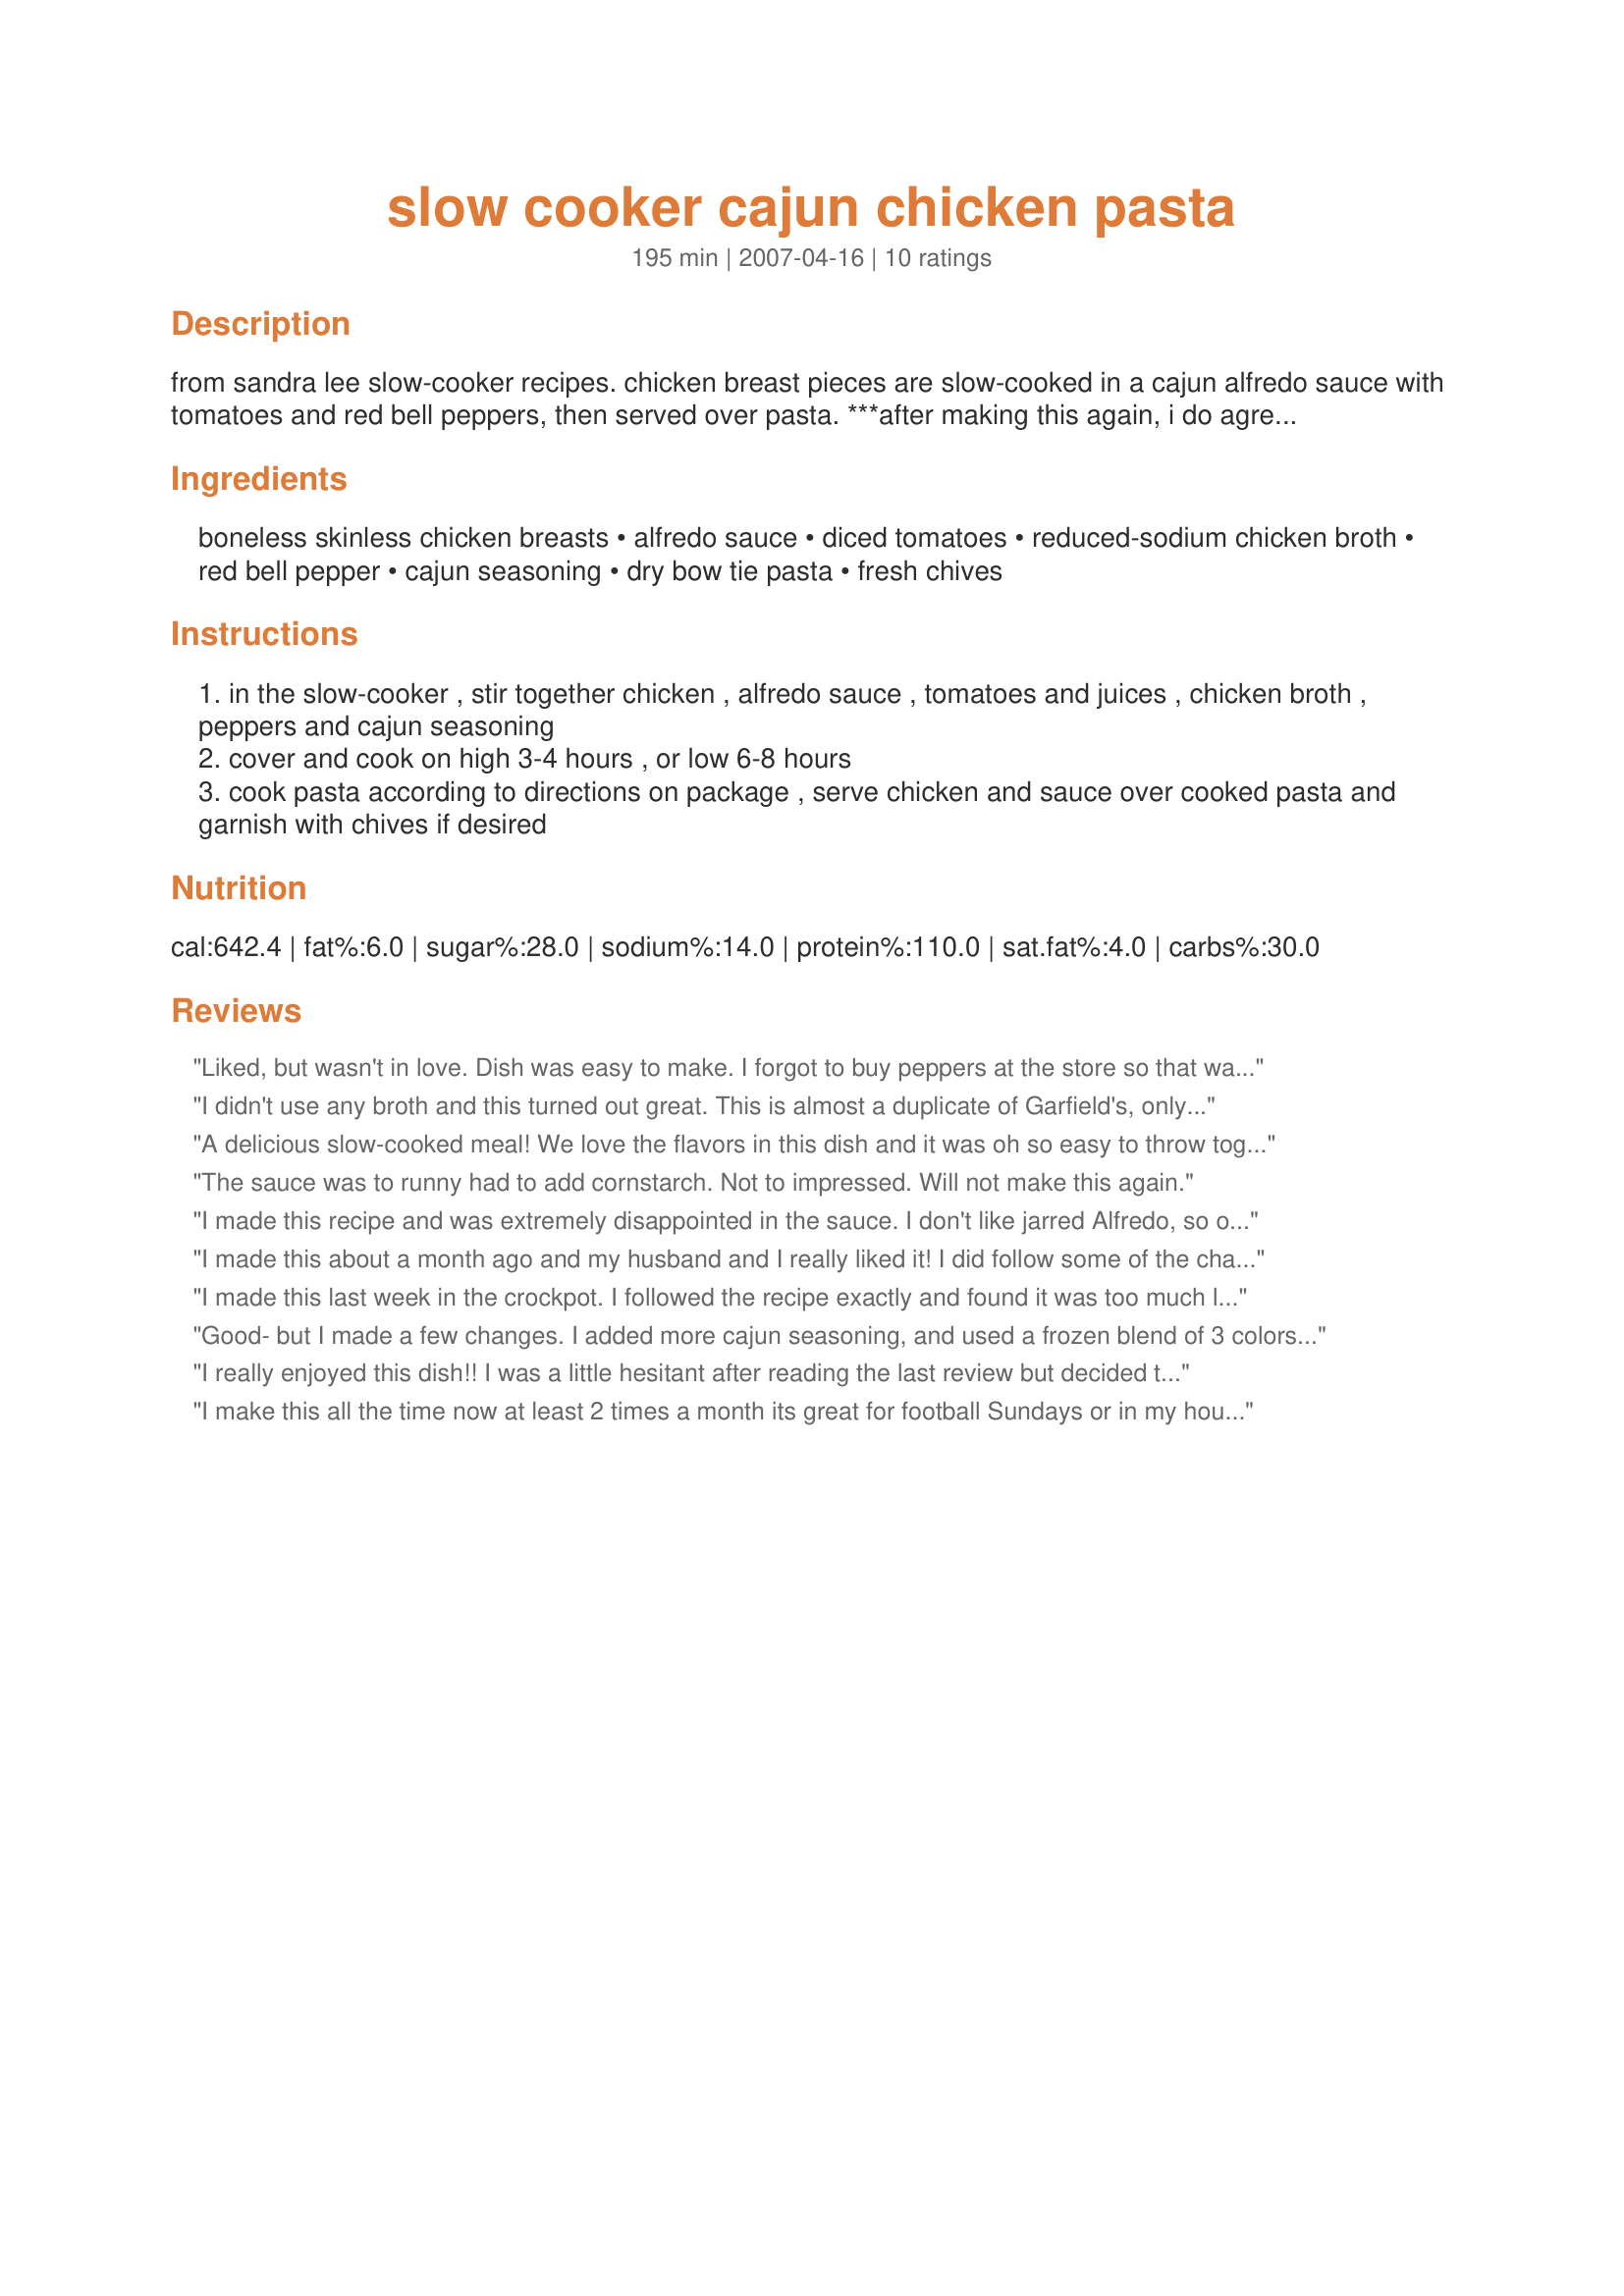
slow cooker cajun chicken pasta
Preparation time: 195 minutes

from sandra lee slow-cooker recipes. chicken breast pieces are slow-cooked in a cajun alfredo sauce with tomatoes and red bell peppers, then served over pasta. ***after making this again, i do agree with the reviews that this is much too watery. i will leave the original recipe posted as-is since it is from a cookbook, but i recommend leaving out the chicken broth.

Ingredients:
boneless skinless chicken breasts, alfredo sauce, diced tomatoes, reduced-sodium chicken broth, red bell pepper, cajun seasoning, dry bow tie pasta, fresh chives

Steps:
in the slow-cooker , stir together chicken , alfredo sauce , tomatoes and juices , chicken broth , peppers and cajun seasoning
cover and cook on high 3-4 hours , or low 6-8 hours
cook pasta according to directions on package , serve chicken and sauce over cooked pasta and garnish with chives if desired

Reviews:
Liked, but wasn't in love. Dish was easy to make. I forgot to buy peppers at the store so that was omitted, and didn't have 'Cajun seasoning' but had Tony Chachere's so used that. I was lazy and shredded the chicken in the crock pot and my husband didn't like that but besides that it pretty good.
I didn't use any broth and this turned out great. This is almost a duplicate of Garfield's, only missing mushrooms, pepperoni, and grilled chicken. I added pepperoni slices to mine. Perfection and I didn't have to pay restaurant prices!
A delicious slow-cooked meal! We love the flavors in this dish and it was oh so easy to throw together. Thanks for sharing!
The sauce was to runny had to add cornstarch. Not to impressed. Will not make this again.
I made this recipe and was extremely disappointed in the sauce. I don't like jarred Alfredo, so opted to make my own quick version (whole milk thickened on stove w/ flour + 1 c. parmesan), and added this to the broth, undrained tomatoes, etc. The chicken was great, but the sauce was like water. I ended up straining out the chicken, peppers, and tomato bits, then mixed this with red sauce I had on hand. This new version was actually really good. I liked the overall idea of the recipe, but will make changes next time.
I made this about a month ago and my husband and I really liked it! I did follow some of the changes that others suggested. I didn't use any chicken broth and I used the frozen 3 pepper and onions mix that I had in the freezer. I also added a little more cajun spice. It was so good that I'm going to make it again tonight!!!
I made this last week in the crockpot. I followed the recipe exactly and found it was too much liquid. I ended up adding about 3 tbs of cornstarch to thicken. The flavor was ok, my bf like it alot. Maybe I'll try again but cut chicken broth in half.
Good- but I made a few changes. I added more cajun seasoning, and used a frozen blend of 3 colors of peppers and onions (in place of red pepper). I skipped the chicken broth. I layered grilled chicken strips (southwestern seasoned- spicy!) over top the cooked pasta and sauce, which was good and took the heat level up a notch. Overall, I'd probably make this again my way, but as written it would be a little bland for my family. Thanks for sharing!
I really enjoyed this dish!! I was a little hesitant after reading the last review but decided to go ahead and try it! I do agree that the dish is a little watery and I had only added 8 oz of chicken broth instead of the full 14 oz. I used plain diced tomatoes so halfway through the cooking I decided to saute an onion, 2 cloves of garlic and 1/2 jalapeno and added them to the crockpot. I also added some cayenne near the end of the cooking time. The chicken was really moist! I left the chicken breasts whole and cut them up at the end. Thanks for sharing the recipe!! I would definitely make this again!
I make this all the time now at least 2 times a month its great for football Sundays or in my house Hockey night Saturday easy and good.. I have used almost every type of pasta but bow tie I like penne..
